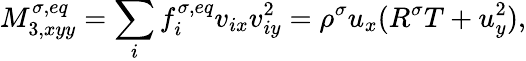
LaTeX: M_{3,xyy}^{\sigma,eq}=\sum_{i}f_{i}^{\sigma,eq}v_{ix}v_{iy}^{2}=\rho^{\sigma}u_{x}(R^{\sigma}T+u_{y}^{2}),